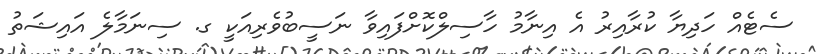
ސެޓެއް ހަދިޔާ ކުރާއިރު އެ އިނާމު ހާސިލްކޮށްފައިވާ ނަސީބުވެރިއަކީ ގ. ސިނަމާލެ އައިޝަތު